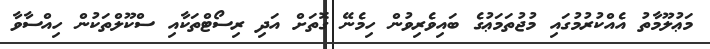
މަޢުލޫމާތު އެއްކުރުމުގައި މުޖުތަމަޢުގެ ބައިވެރިވުން ހިމެނޭ ގޮތަށް އަދި ރިސޯޓްތަކާއި ސްކޫލްތަކުން ހިއްސާވާ